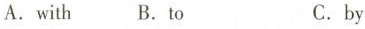
A. with B. To C. by